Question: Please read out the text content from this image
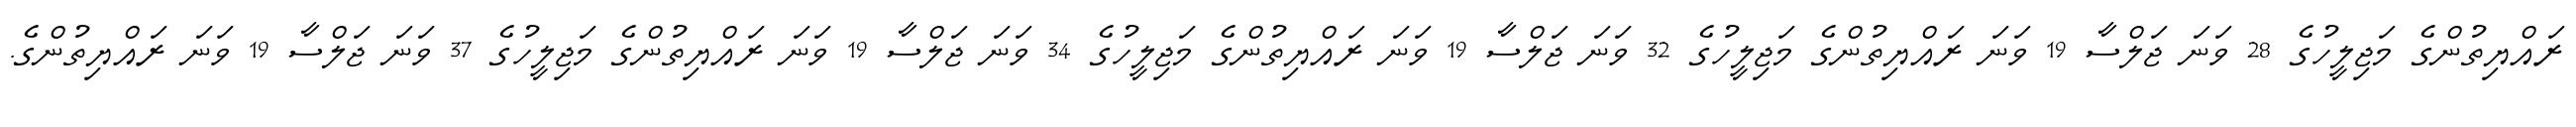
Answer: ރައްޔިތުންގެ މަޖިލީހުގެ 28 ވަނަ ޖަލްސާ 19 ވަނަ ރައްޔިތުންގެ މަޖިލީހުގެ 32 ވަނަ ޖަލްސާ 19 ވަނަ ރައްޔިތުންގެ މަޖިލީހުގެ 34 ވަނަ ޖަލްސާ 19 ވަނަ ރައްޔިތުންގެ މަޖިލީހުގެ 37 ވަނަ ޖަލްސާ 19 ވަނަ ރައްޔިތުންގެ.